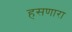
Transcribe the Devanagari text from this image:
हसणारा